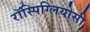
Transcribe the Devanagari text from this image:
रॉस्पिग्लियोसी